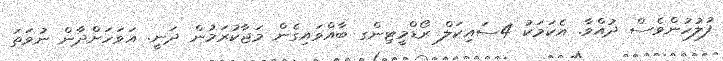
ފުލުހުންވެސް ދުއްވާ. އެކަމަކު 4ސައިކަލް ރޯޑްމީޓިންގ ބާއްވައިގެން މަޖާކުރަމުން ދަނީ. އަވަހަށްދާން ނުވަތަ